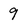
Character: 9